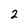
Character: 2